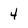
Character: 4